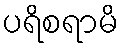
ပရိစရာမိ